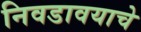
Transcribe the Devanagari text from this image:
निवडावयाचे